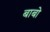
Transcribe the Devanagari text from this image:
बाबो